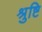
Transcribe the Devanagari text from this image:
श्रुष्टि